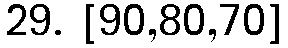
29. [90,80,70]